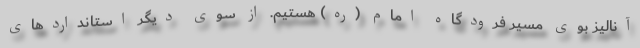
آنالیز بوی مسیر فرودگاه امام (ره) هستیم. از سوی دیگر استانداردهای